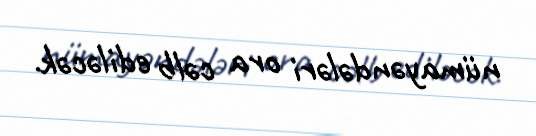
nümayəndələri ora cəlb ediləcək.